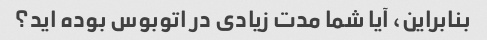
بنابراین، آیا شما مدت زیادی در اتوبوس بوده اید؟